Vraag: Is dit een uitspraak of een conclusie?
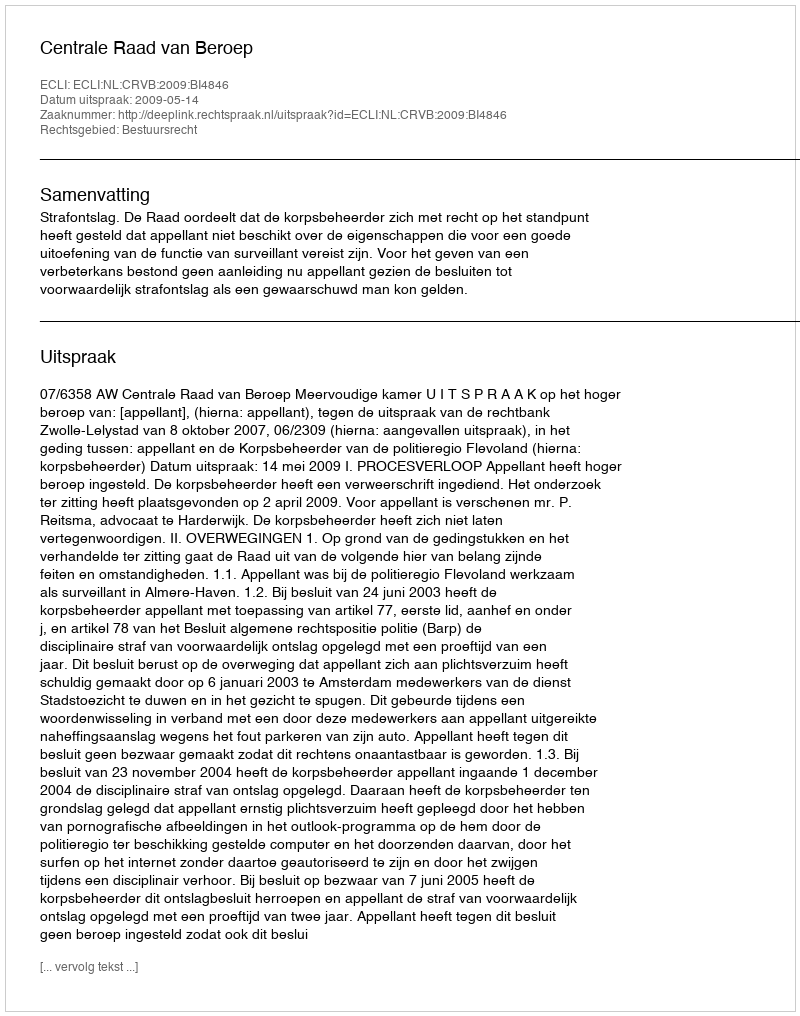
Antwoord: Uitspraak